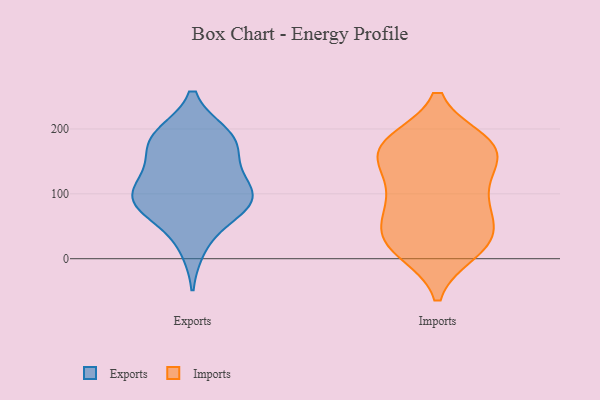
{"axis": {"x": "Budget (USD K)", "y": "Value"}, "legend": ["Exports", "Imports"], "data": [{"x": "", "y": 90, "type": "Exports"}, {"x": "", "y": 168, "type": "Exports"}, {"x": "", "y": 18, "type": "Exports"}, {"x": "", "y": 189, "type": "Exports"}, {"x": "", "y": 109, "type": "Exports"}, {"x": "", "y": 120, "type": "Exports"}, {"x": "", "y": 88, "type": "Exports"}, {"x": "", "y": 164, "type": "Exports"}, {"x": "", "y": 81, "type": "Exports"}, {"x": "", "y": 67, "type": "Exports"}, {"x": "", "y": 120, "type": "Exports"}, {"x": "", "y": 189, "type": "Exports"}, {"x": "", "y": 191, "type": "Exports"}, {"x": "", "y": 83, "type": "Exports"}, {"x": "", "y": 109, "type": "Imports"}, {"x": "", "y": 179, "type": "Imports"}, {"x": "", "y": 180, "type": "Imports"}, {"x": "", "y": 172, "type": "Imports"}, {"x": "", "y": 103, "type": "Imports"}, {"x": "", "y": 11, "type": "Imports"}, {"x": "", "y": 11, "type": "Imports"}, {"x": "", "y": 40, "type": "Imports"}, {"x": "", "y": 180, "type": "Imports"}, {"x": "", "y": 31, "type": "Imports"}, {"x": "", "y": 19, "type": "Imports"}, {"x": "", "y": 43, "type": "Imports"}, {"x": "", "y": 149, "type": "Imports"}, {"x": "", "y": 79, "type": "Imports"}, {"x": "", "y": 86, "type": "Imports"}, {"x": "", "y": 55, "type": "Imports"}, {"x": "", "y": 142, "type": "Imports"}, {"x": "", "y": 173, "type": "Imports"}, {"x": "", "y": 158, "type": "Imports"}]}